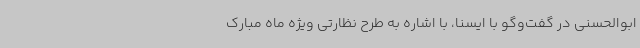
ابوالحسنی در گفت‌وگو با ایسنا، با اشاره به طرح نظارتی ویژه ماه مبارک